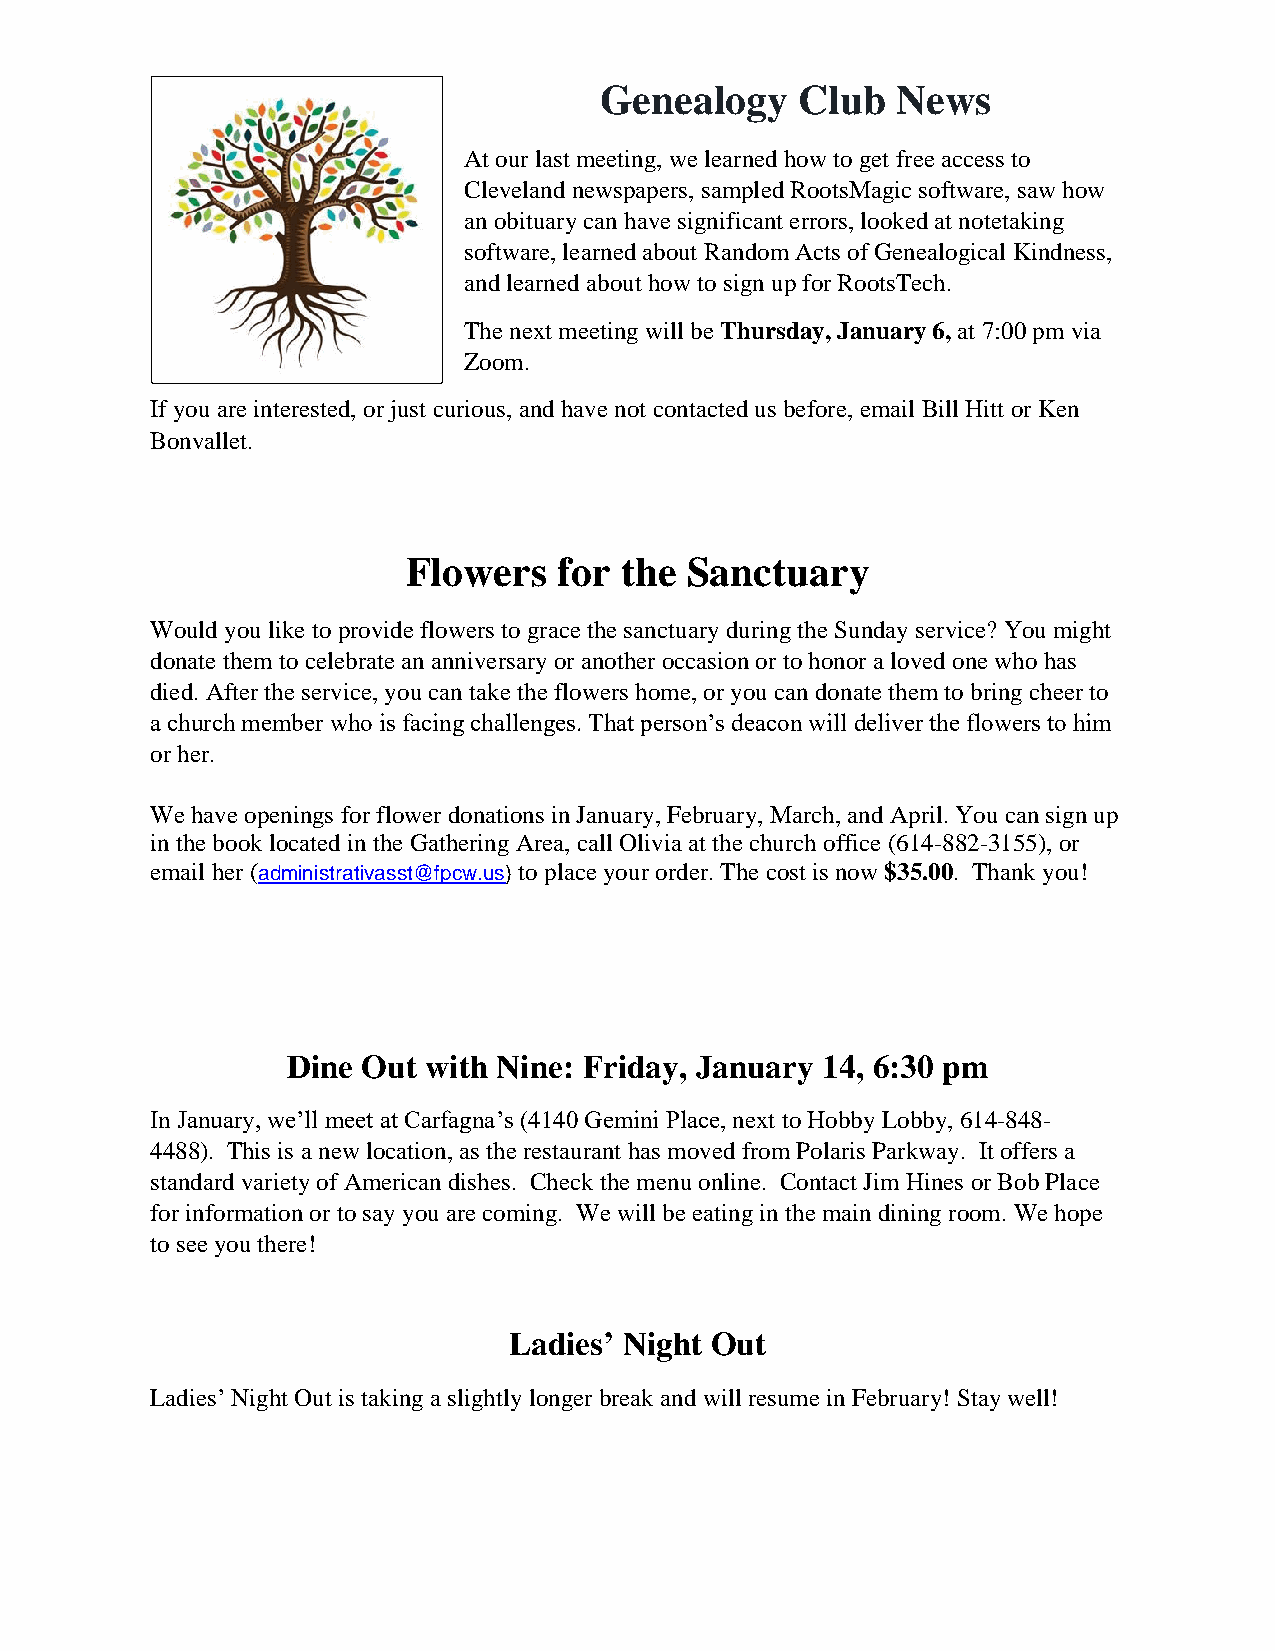
Genealogy    Club  News
 At our last meeting, we learned how to get free access to
 Cleveland newspapers, sampled RootsMagic software, saw how
 an obituary can have significant errors, looked at notetaking
 software, learned about Random Acts of Genealogical Kindness,
 and learned about how to sign up for RootsTech.
 The next meeting will be Thursday, January 6, at 7:00 pm via
 Zoom.
 If you are interested, or just curious, and have not contacted us before, email Bill Hitt or Ken
 Bonvallet.
 Flowers   for the Sanctuary
 Would you like to provide flowers to grace the sanctuary during the Sunday service? You might
 donate them to celebrate an anniversary or another occasion or to honor a loved one who has
 died. After the service, you can take the flowers home, or you can donate them to bring cheer to
 a church member who is facing challenges. That person’s deacon will deliver the flowers to him
 or her.
 We have openings for flower donations in January, February, March, and April. You can sign up
 in the book located in the Gathering Area, call Olivia at the church office (614-882-3155), or
 email her (administrativasst@fpcw.us) to place your order. The cost is now $35.00. Thank you!
 Dine Out with Nine: Friday, January 14, 6:30 pm
 In January, we’ll meet at Carfagna’s (4140 Gemini Place, next to Hobby Lobby, 614-848-
 4488). This is a new location, as the restaurant has moved from Polaris Parkway. It offers a
 standard variety of American dishes. Check the menu online. Contact Jim Hines or Bob Place
 for information or to say you are coming. We will be eating in the main dining room. We hope
 to see you there!
 Ladies’ Night Out
 Ladies’ Night Out is taking a slightly longer break and will resume in February! Stay well!